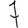
Digit: 7